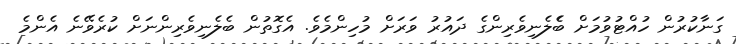
ގަނާކުރުން ހުއްޓުވުމަށް ބެެލެނިވެރިންގެ ދައުރު ވަރަށް މުހިންމެވެ. އެގޮތުން ބެލެނިވެރިންނަށް ކުރެވޭނެ އެންމެ